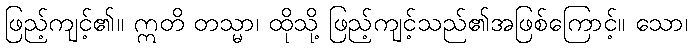
ဖြည့်ကျင့်၏။ ဣတိ တသ္မာ၊ ထိုသို့ ဖြည့်ကျင့်သည်၏အဖြစ်ကြောင့်။ သော၊